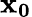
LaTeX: \mathbf{x_{0}}